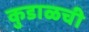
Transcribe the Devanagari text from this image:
कुडाळची